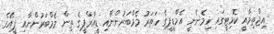
އިޖްތިމާއީ ކޮމިޓީގައި ހިމެނެނީ އެމްޑީޕީގެ ހަތަރު މެމްބަރުންނާއި ޑީއާރްޕީގެ ތިން މެމްބަރުންނާއި ޕީއޭގެ